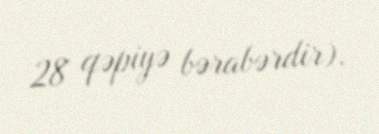
28 qəpiyə bərabərdir).